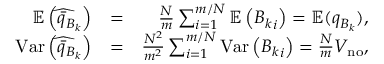
\begin{array} { r l r } { \mathbb { E } \left( \widehat { \bar { q } _ { B _ { k } } } \right) } & { = } & { \frac { N } { m } \sum _ { i = 1 } ^ { m / N } \mathbb { E } \left( { B _ { k } } _ { i } \right) = \mathbb { E } ( q _ { B _ { k } } ) , } \\ { \mathrm { V a r } \left( \widehat { \bar { q } _ { B _ { k } } } \right) } & { = } & { \frac { N ^ { 2 } } { m ^ { 2 } } \sum _ { i = 1 } ^ { m / N } \mathrm { V a r } \left( { B _ { k } } _ { i } \right) = \frac { N } { m } V _ { \mathrm { n o } } , } \end{array}